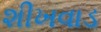
શીખવાડ